Problem: 33 + 47 = ?
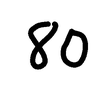
Handwritten answer: 80